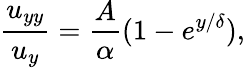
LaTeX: \frac{u_{yy}}{u_{y}}=\frac{A}{\alpha}(1-e^{{y}/{\delta}}),